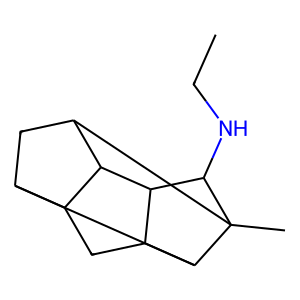
SMILES: CCNC1C2C3CC4C5CC(C42)C1(C)C53
Inhibits HIV replication: No